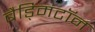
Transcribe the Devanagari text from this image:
बैड्मिंटॉन